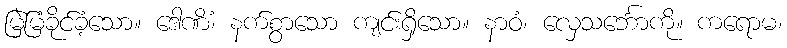
မြဲမြံခိုင်ခံ့သော။ ဒေါဏိံ၊ နက်စွာသော ကျင်းရှိသော။ နာဝံ၊ လှေသင်္ဘောကို။ ကရောမ၊